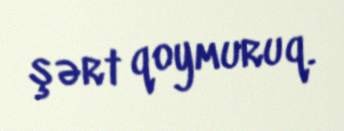
şərt qoymuruq.